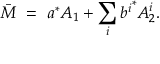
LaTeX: \bar { M } \ = \ a ^ { \ast } A _ { 1 } + \sum _ { i } { b ^ { i } } ^ { \ast } A _ { 2 } ^ { i } .